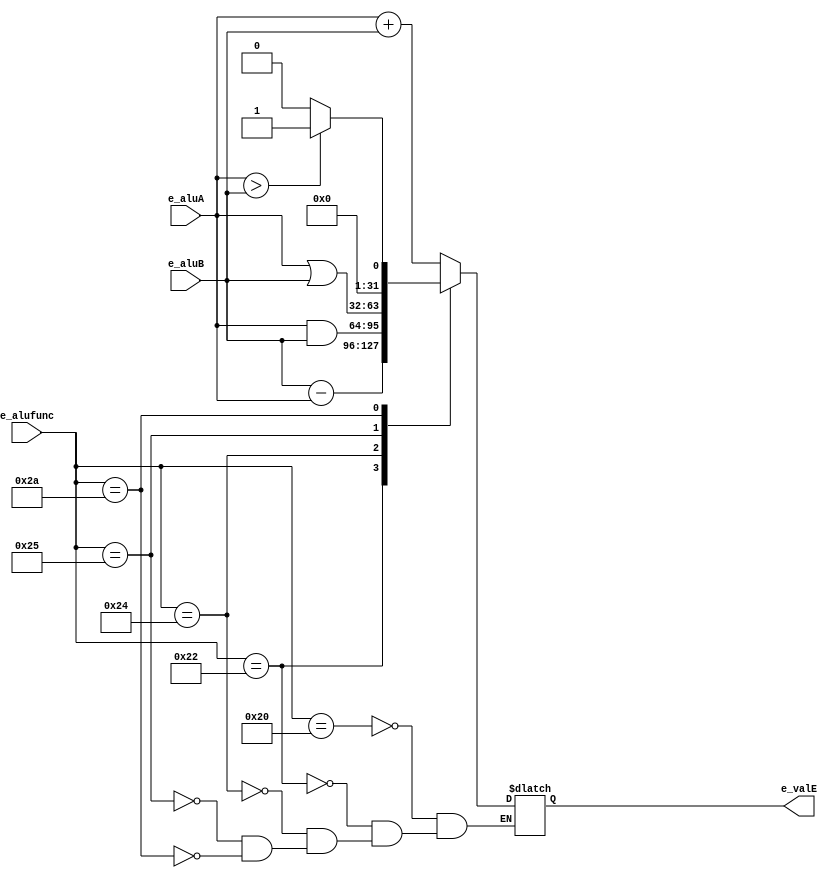
`ifndef _alu
`define _alu

module alu(
    output reg [31:0] e_valE,
    input [31:0] e_aluA,
    input [31:0] e_aluB,
    input [5:0] e_alufunc
);

    always @(e_aluA, e_aluB, e_alufunc) begin
        case(e_alufunc)
            6'b100000: begin
                e_valE <= e_aluA + e_aluB;
            end
            6'b100010: begin
                e_valE <= e_aluB - e_aluA;
            end
            6'b100100: begin
                e_valE <= e_aluA & e_aluB;
            end
            6'b100101: begin
                e_valE <= e_aluA | e_aluB;
            end
            6'b101010: begin
                e_valE <= (e_aluA>e_aluB)?1:0;
            end
        endcase


    end

endmodule

`endif